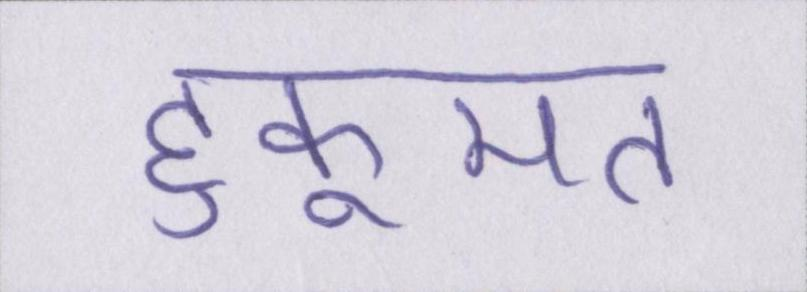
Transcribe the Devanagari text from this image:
हुकूमत